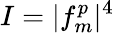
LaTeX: I=|f_{m}^{p}|^{4}